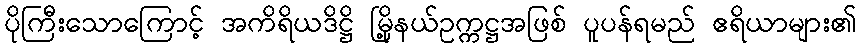
ပိုကြီးသောကြောင့် အကိရိယဒိဋ္ဌိ မြို့နယ်ဥက္ကဋ္ဌအဖြစ် ပူပန်ရမည် ဧရိယာများ၏